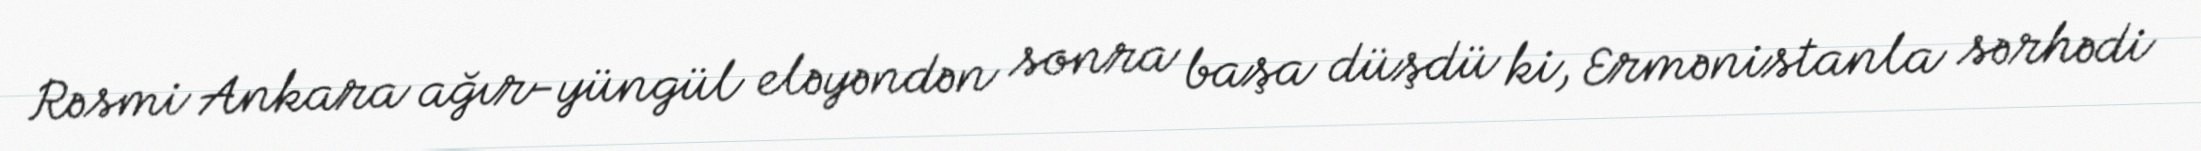
Rəsmi Ankara ağır-yüngül eləyəndən sonra başa düşdü ki, Ermənistanla sərhədi